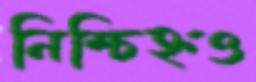
নিশ্চিহ্নও